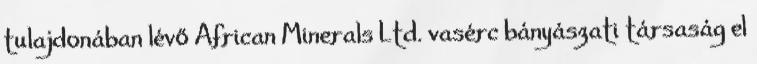
tulajdonában lévő African Minerals Ltd. vasérc bányászati társaság el